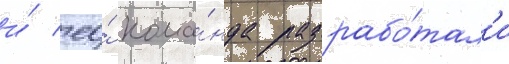
и́ ео́ кома́нда разрабо́тал'и